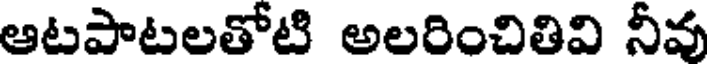
ఆటపాటలతోటి అలరించితివి నీవు